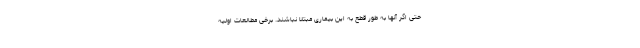
حتی اگر آنها به طور قطع به این بیماری مبتلا نباشند. برخی مطالعات اولیه